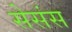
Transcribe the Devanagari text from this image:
सेसंस